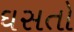
ઘસતો